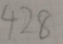
4 2 8